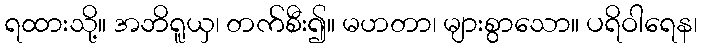
ရထားသို့။ အဘိရူယှ၊ တက်စီး၍။ မဟတာ၊ များစွာသော။ ပရိဝါရေန၊